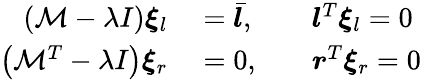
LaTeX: \begin{array}{rlrl}{(\mathcal{M}-\lambda I)\boldsymbol{\xi}_{l}}&{{}=\bar{\boldsymbol{l}},}&{}&{{}\boldsymbol{l}^{T}\boldsymbol{\xi}_{l}=0}\\ {\left(\mathcal{M}^{T}-\lambda I\right)\boldsymbol{\xi}_{r}}&{{}=0,}&{}&{{}\boldsymbol{r}^{T}\boldsymbol{\xi}_{r}=0}\end{array}